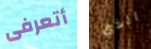
أتعرفى الذي